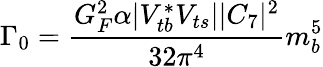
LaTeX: \Gamma_{0}=\frac{G_{F}^{2}\alpha|V_{tb}^{*}V_{ts}||C_{7}|^{2}}{32\pi^{4}}m_{b}^{5}